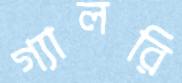
গ্যালরি